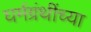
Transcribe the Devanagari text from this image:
घर्मग्रंथींच्या